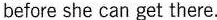
before she can get there.